Language: tamil
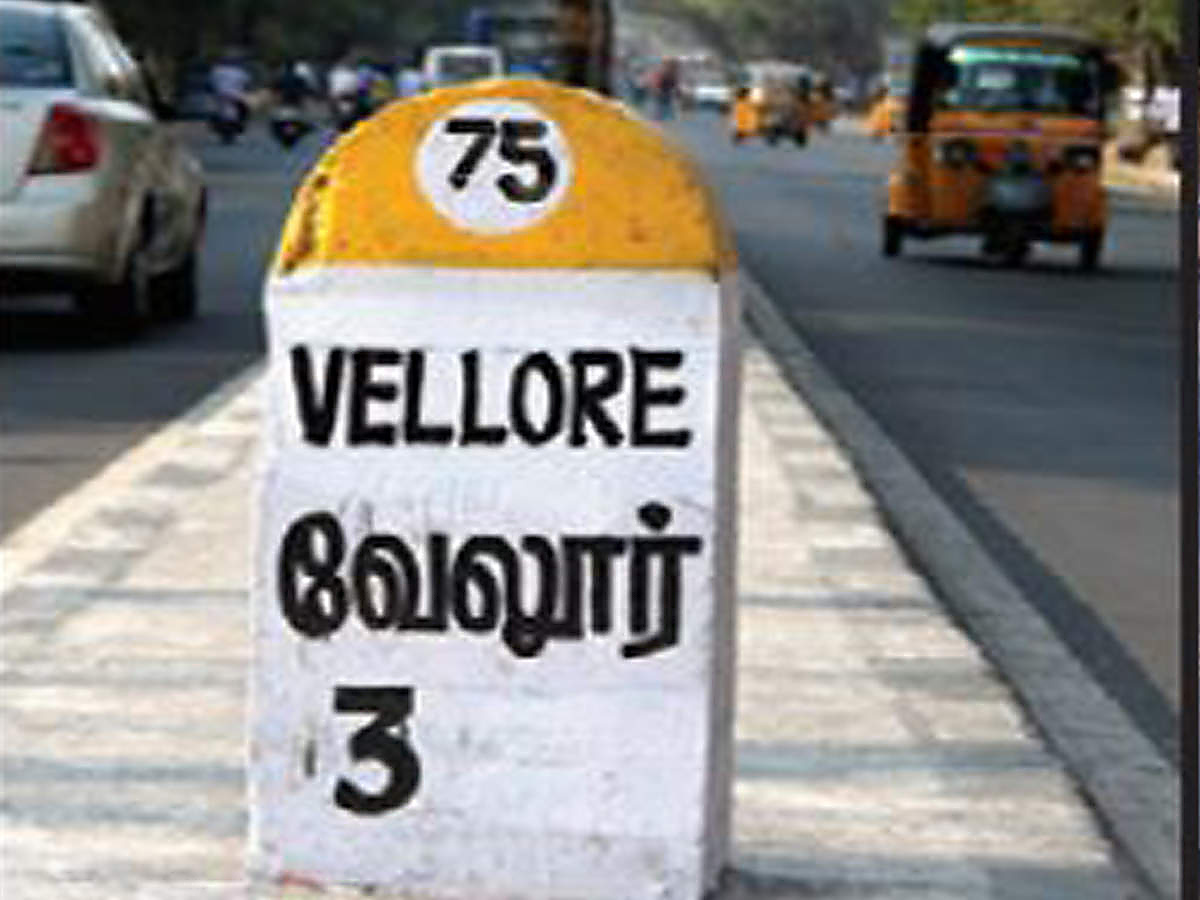
Transcription: வேலூர்